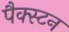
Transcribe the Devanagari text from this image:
पैक्स्टन